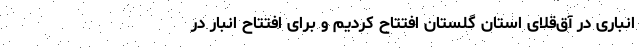
انباری در آق‌قلای استان گلستان افتتاح کردیم و برای افتتاح انبار در